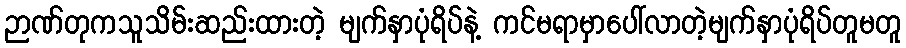
ဉာဏ်တုကသူသိမ်းဆည်းထားတဲ့ မျက်နှာပုံရိပ်နဲ့ ကင်မရာမှာပေါ်လာတဲ့မျက်နှာပုံရိပ်တူမတူ